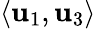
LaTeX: \langle\mathbf{u}_{1},\mathbf{u}_{3}\rangle